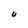
Character: U